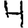
Digit: 4